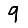
Digit: 9